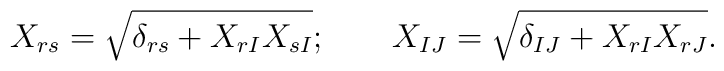
X_{rs}=\sqrt{\delta_{rs}+X_{rI}X_{sI}};\qquad X_{IJ}=\sqrt{\delta_{IJ}+X_{rI}X_{rJ}}.